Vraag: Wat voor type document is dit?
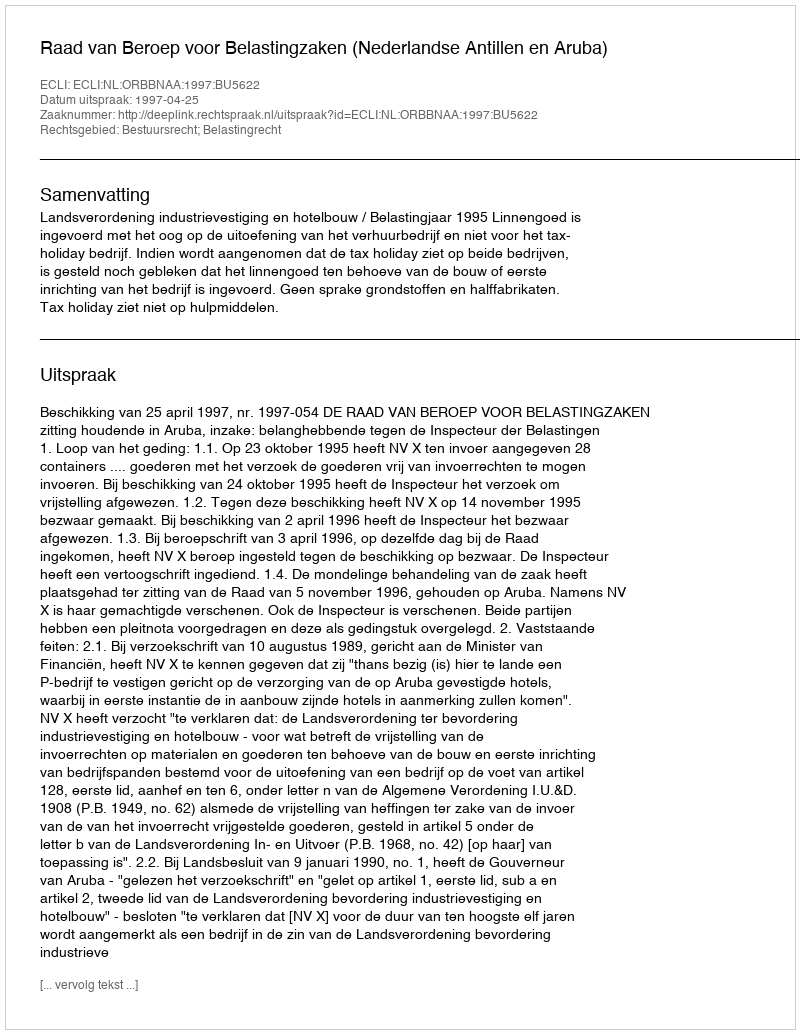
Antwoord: Uitspraak